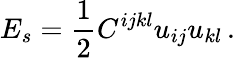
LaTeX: E_{s}=\frac 12C^{ijkl}u_{ij}u_{kl}\, .